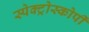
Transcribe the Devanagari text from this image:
स्‍पेक्‍ट्रोस्‍कोर्पी